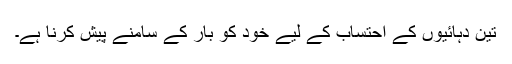
تین دہائیوں کے احتساب کے لیے خود کو بار کے سامنے پیش کرنا ہے۔